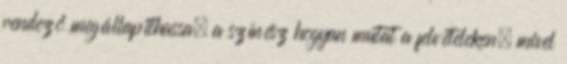
rendező megállapíthassa, a színész hogyan mutat a felvételeken, mivel